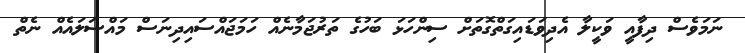
ނަމަވެސް ދިފާއީ ވަކީލާ އެދިވަޑައިގަތްގޮތަށް ސިންހަޅަ ބަހުގެ ތަރުޖަމާނެއް ހަމަޖައްސައިދިނަސް މައްސަލައެއް ނެތް